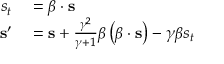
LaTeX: \begin{array} { r l } { s _ { t } } & { { } = { \boldsymbol { \beta } } \cdot \mathbf { s } } \\ { \mathbf { s } ^ { \prime } } & { { } = \mathbf { s } + { \frac { \gamma ^ { 2 } } { \gamma + 1 } } { \boldsymbol { \beta } } \left( { \boldsymbol { \beta } } \cdot \mathbf { s } \right) - \gamma { \boldsymbol { \beta } } s _ { t } } \end{array}